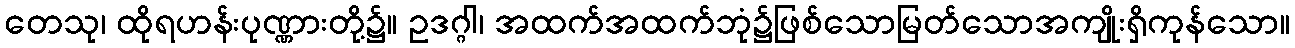
တေသု၊ ထိုရဟန်းပုဏ္ဏားတို့၌။ ဥဒဂ္ဂါ၊ အထက်အထက်ဘုံ၌ဖြစ်သောမြတ်သောအကျိုးရှိကုန်သော။